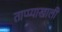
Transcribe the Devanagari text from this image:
ताप्प्याखाली